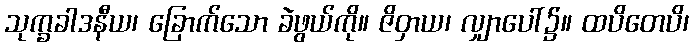
သုက္ခခါဒနီယ၊ ခြောက်သော ခဲဖွယ်ကို။ ဇိဝှာယ၊ လျှာပေါ်၌။ ထပိတေပိ၊